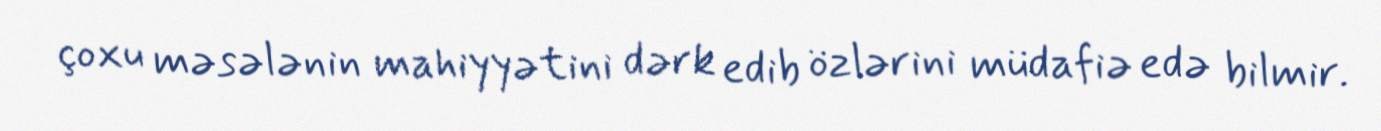
çoxu məsələnin mahiyyətini dərk edib özlərini müdafiə edə bilmir.